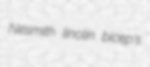
Nesmith linolin bicep's